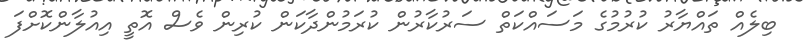
ބިލެއް ތައްޔާރު ކުރުމުގެ މަސައްކަތް ސަރުކާރުން ކުރަމުންދާކަން ކުރިން ވެސް އޮތީ އިއުލާންކޮށްފަ